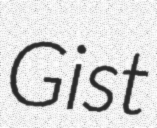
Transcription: Gist